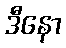
ဒီနော